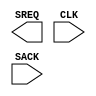
module SUSPEND_SYNC (
  SREQ,
  CLK,
  SACK
);

  output SREQ;

  input CLK;
  input SACK;

endmodule